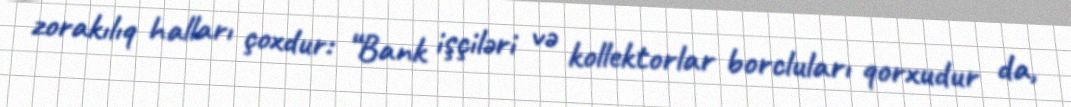
zorakılıq halları çoxdur: “Bank işçiləri və kollektorlar borcluları qorxudur da,